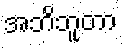
အဘိဘူတာ